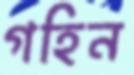
গহিন